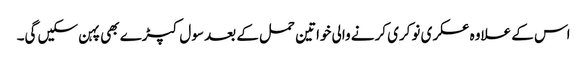
اس کے علاوہ عسکری نوکری کرنے والی خواتین حمل کے بعد سول کپڑے بھی پہن سکیں گی۔